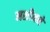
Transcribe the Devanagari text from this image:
मशीनने